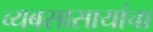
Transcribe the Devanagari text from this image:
व्यबसासायांचा